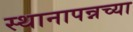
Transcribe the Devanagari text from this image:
स्थानापन्नच्या